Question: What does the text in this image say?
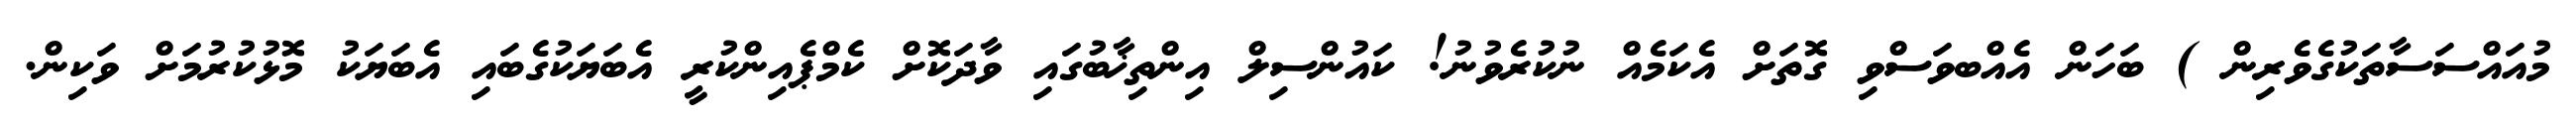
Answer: މުއައްސަސާތަކުގެވެރިން ) ބަހަން އެއްބވަސްވި ގޮތަށް އެކަމެއް ނުކުރެވުނު! ކައުންސިލް އިންތިޚާބުގައި ވާދަކޮށް ކެމްޕެއިންކުރީ އެބަޔަކުގެބައި އެބަޔަކު މޮޅުކުރުމަށް ވަކިން.